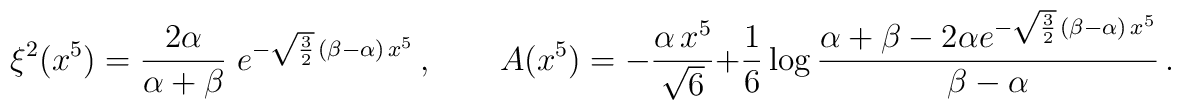
\xi^2(x^5)=\frac{2\alpha }{\alpha+\beta} \; e^{-\sqrt{\frac32} \,    (\beta-\alpha)\,x^5}\,,\qquad    A(x^5)=-\frac{\alpha \,x^5}{{\sqrt{6}}}   + \frac{1}{6}\log \frac{\alpha+\beta-2\alpha e^{- \sqrt{\frac{3}{2}}           \, ( \beta-\alpha) \,x^5}}{\beta -\alpha }\,.